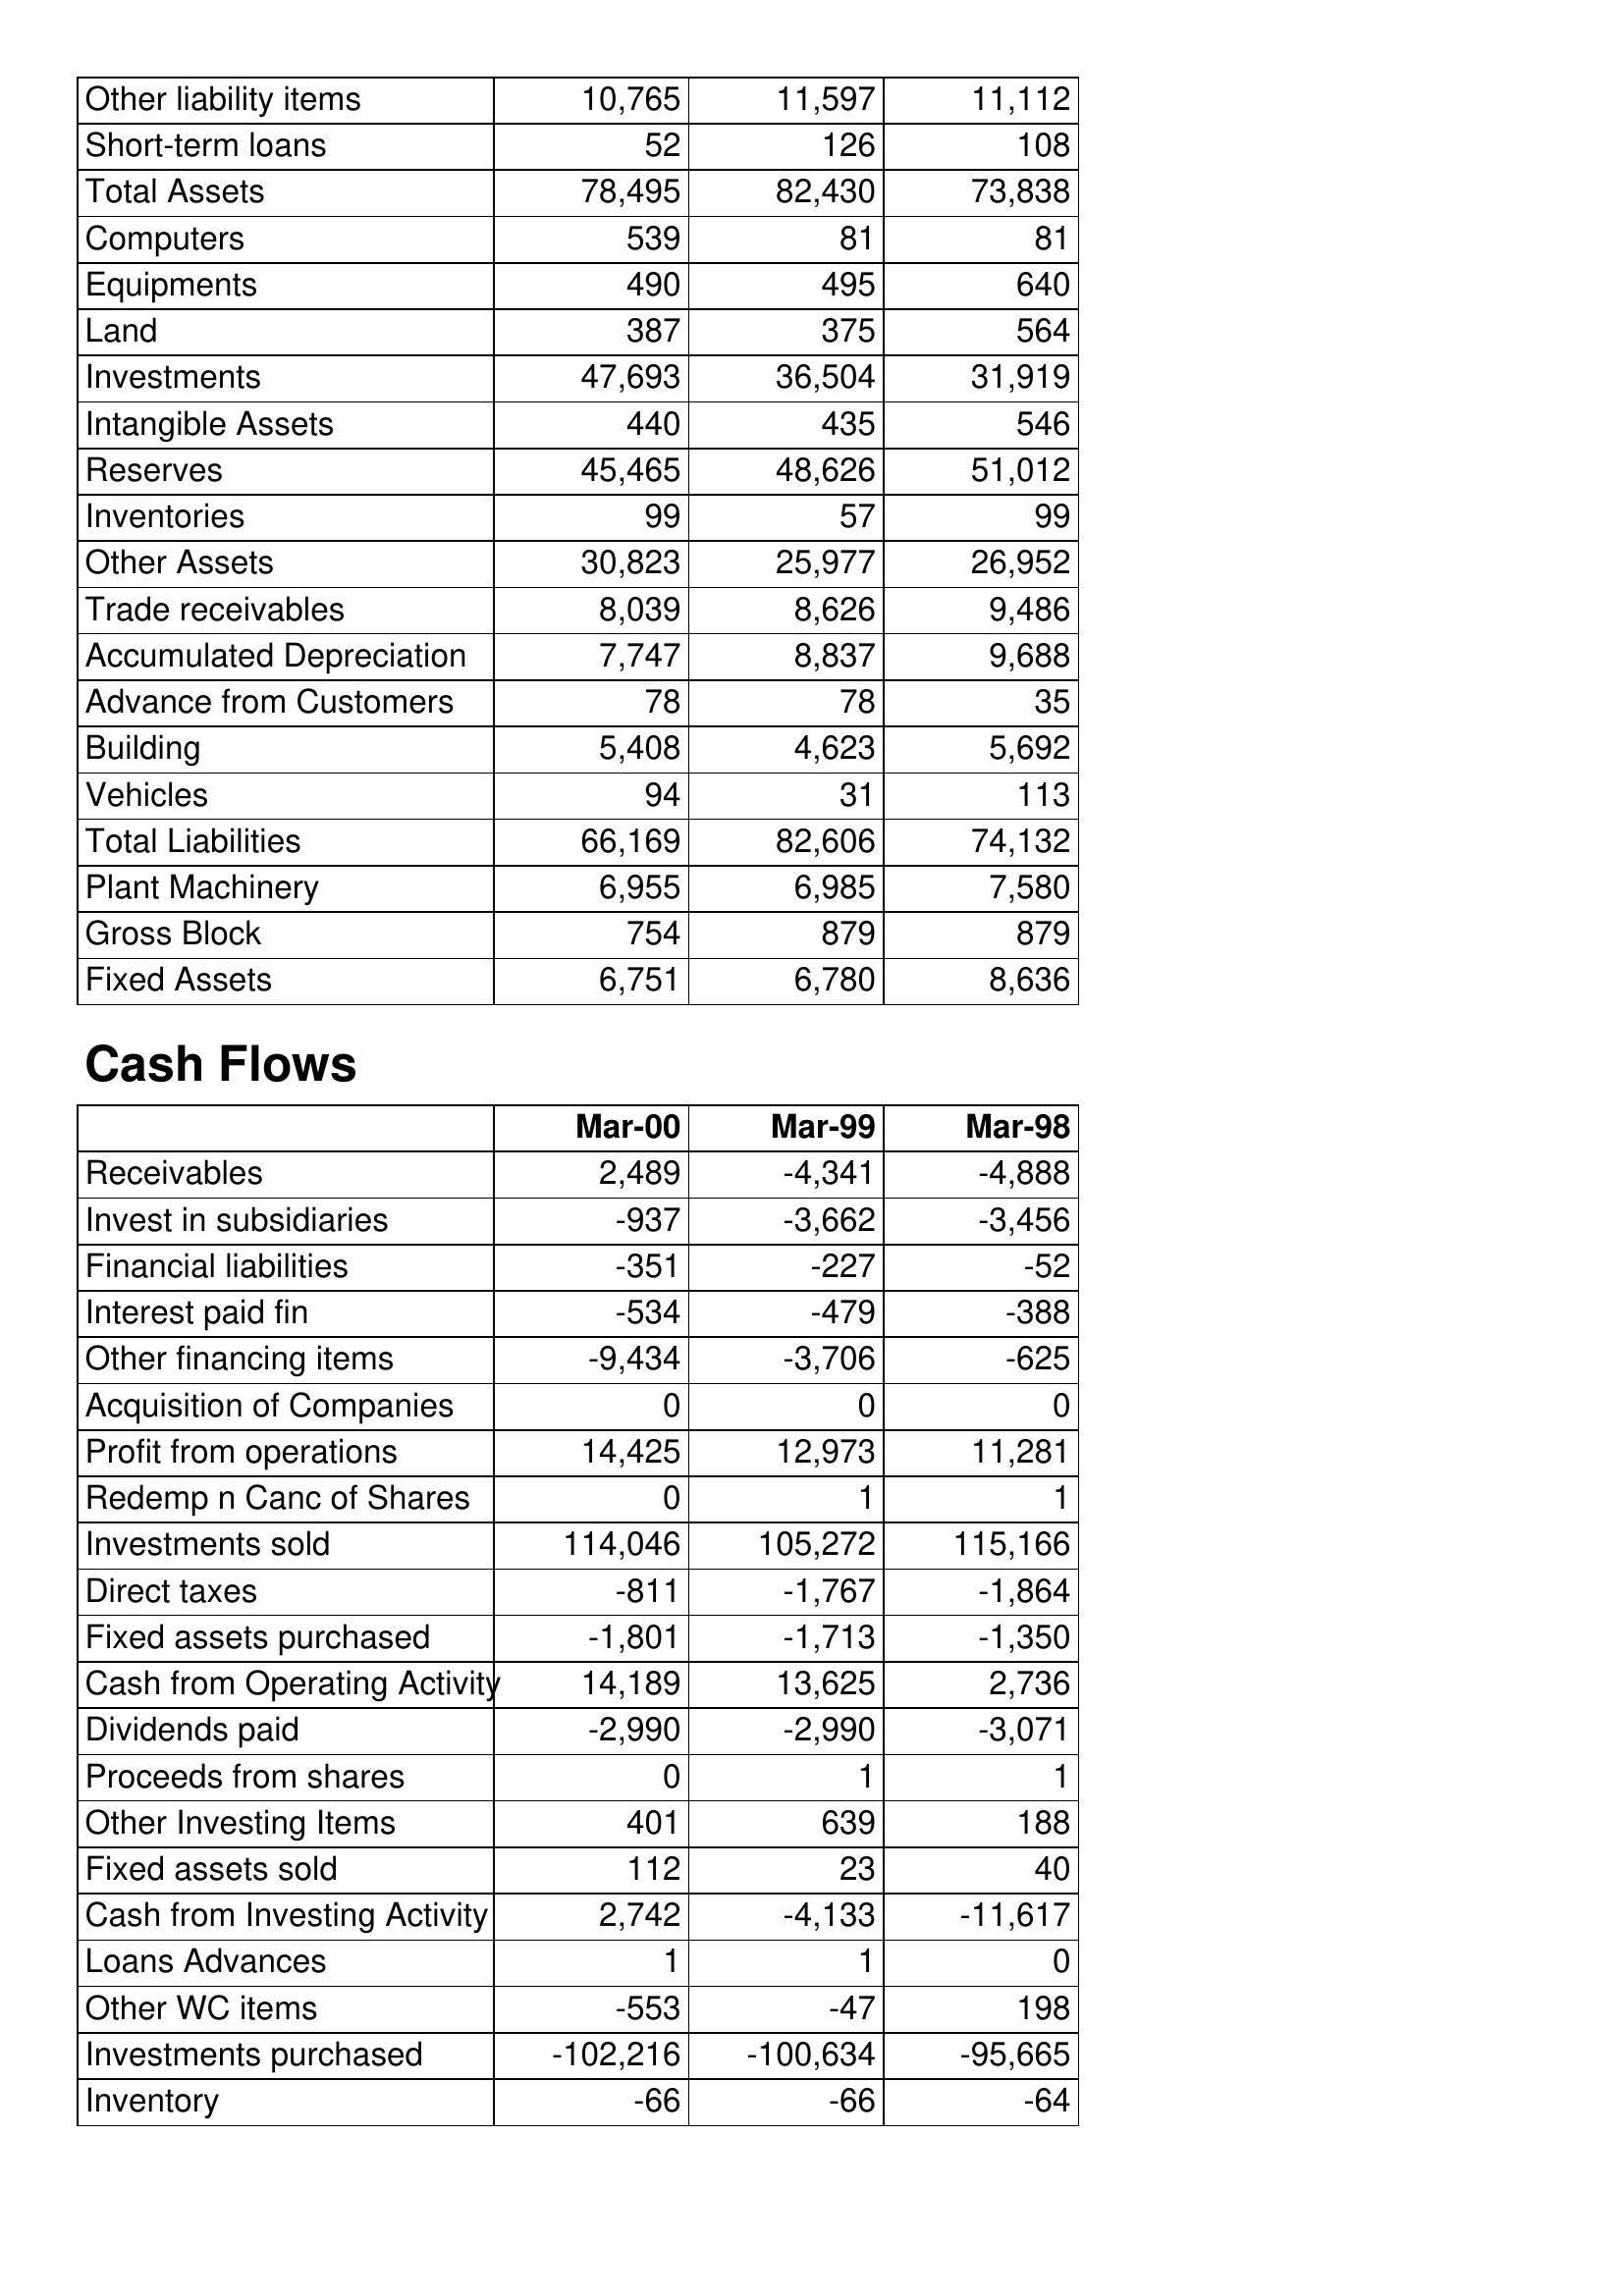
Mar-00: Balance Sheet: Other liability items: 10,765
Short-term loans: 52
Total Assets: 78,495
Computers: 539
Equipments: 490
Land: 387
Investments: 47,693
Intangible Assets: 440
Reserves: 45,465
Inventories: 99
Other Assets: 30,823
Trade receivables: 8,039
Accumulated Depreciation: 7,747
Advance from Customers: 78
Building: 5,408
Vehicles: 94
Total Liabilities: 66,169
Plant Machinery: 6,955
Gross Block: 754
Fixed Assets: 6,751
Cash Flows: Receivables: 2,489
Invest in subsidiaries: -937
Financial liabilities: -351
Interest paid fin: -534
Other financing items: -9,434
Acquisition of Companies: 0
Profit from operations: 14,425
Redemp n Canc of Shares: 0
Investments sold: 114,046
Direct taxes: -811
Fixed assets purchased: -1,801
Cash from Operating Activity: 14,189
Dividends paid: -2,990
Proceeds from shares: 0
Other Investing Items: 401
Fixed assets sold: 112
Cash from Investing Activity: 2,742
Loans Advances: 1
Other WC items: -553
Investments purchased: -102,216
Inventory: -66
Mar-99: Balance Sheet: Other liability items: 11,597
Short-term loans: 126
Total Assets: 82,430
Computers: 81
Equipments: 495
Land: 375
Investments: 36,504
Intangible Assets: 435
Reserves: 48,626
Inventories: 57
Other Assets: 25,977
Trade receivables: 8,626
Accumulated Depreciation: 8,837
Advance from Customers: 78
Building: 4,623
Vehicles: 31
Total Liabilities: 82,606
Plant Machinery: 6,985
Gross Block: 879
Fixed Assets: 6,780
Cash Flows: Receivables: -4,341
Invest in subsidiaries: -3,662
Financial liabilities: -227
Interest paid fin: -479
Other financing items: -3,706
Acquisition of Companies: 0
Profit from operations: 12,973
Redemp n Canc of Shares: 1
Investments sold: 105,272
Direct taxes: -1,767
Fixed assets purchased: -1,713
Cash from Operating Activity: 13,625
Dividends paid: -2,990
Proceeds from shares: 1
Other Investing Items: 639
Fixed assets sold: 23
Cash from Investing Activity: -4,133
Loans Advances: 1
Other WC items: -47
Investments purchased: -100,634
Inventory: -66
Mar-98: Balance Sheet: Other liability items: 11,112
Short-term loans: 108
Total Assets: 73,838
Computers: 81
Equipments: 640
Land: 564
Investments: 31,919
Intangible Assets: 546
Reserves: 51,012
Inventories: 99
Other Assets: 26,952
Trade receivables: 9,486
Accumulated Depreciation: 9,688
Advance from Customers: 35
Building: 5,692
Vehicles: 113
Total Liabilities: 74,132
Plant Machinery: 7,580
Gross Block: 879
Fixed Assets: 8,636
Cash Flows: Receivables: -4,888
Invest in subsidiaries: -3,456
Financial liabilities: -52
Interest paid fin: -388
Other financing items: -625
Acquisition of Companies: 0
Profit from operations: 11,281
Redemp n Canc of Shares: 1
Investments sold: 115,166
Direct taxes: -1,864
Fixed assets purchased: -1,350
Cash from Operating Activity: 2,736
Dividends paid: -3,071
Proceeds from shares: 1
Other Investing Items: 188
Fixed assets sold: 40
Cash from Investing Activity: -11,617
Loans Advances: 0
Other WC items: 198
Investments purchased: -95,665
Inventory: -64